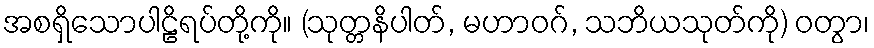
အစရှိသောပါဠိရပ်တို့ကို။ (သုတ္တနိပါတ်, မဟာဝဂ်, သဘိယသုတ်ကို) ဝတွာ၊